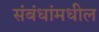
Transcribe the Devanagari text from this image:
संबंधांमधील